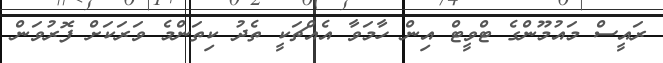
ރައީސް މައުމޫންގެ ޓްވީޓް އިން ހާމަވާ އެއްޗަކީ ތެދު ކިތަންމެ ވަރަކަށް ފޮރުވަން